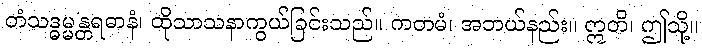
တံသဒ္ဓမ္မန္တရဓာနံ၊ ထိုသာသနာကွယ်ခြင်းသည်။ ကတမံ၊ အဘယ်နည်း။ ဣတိ၊ ဤသို့။